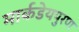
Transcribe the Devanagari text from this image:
मार्कडेयपुरण